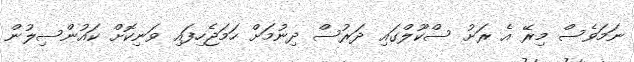
ނަމަވެސް މިރޭ އެ ރަށު ސްކޫލްގައި ދަރުސް ދިނުމަށް ހަމަޖެހިފައި ވަނިކޮށް ކައުންސިލުން